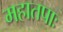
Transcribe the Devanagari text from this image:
महातपाः